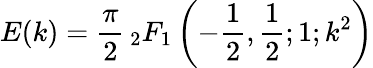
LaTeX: E(k)={\frac{\pi}{2}}\, _{2}F_{1}\left(-{\frac{1}{2}},{\frac{1}{2}};1;k^{2}\right)